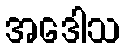
အဒေါသ